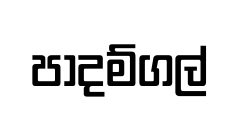
පාදම්ගල්